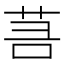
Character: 𦮑